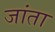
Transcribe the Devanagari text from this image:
जांता